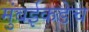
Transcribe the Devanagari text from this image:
मुंबईकडेच